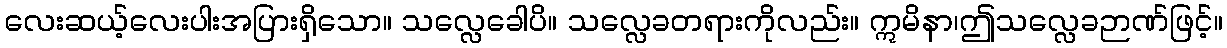
လေးဆယ့်လေးပါးအပြားရှိသော။ သလ္လေခေါပိ။ သလ္လေခတရားကိုလည်း။ ဣမိနာ၊ဤသလ္လေခဉာဏ်ဖြင့်။